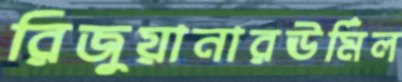
রিজুয়ানারঊর্মিল